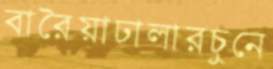
বারৈয়াঢালারচুনে